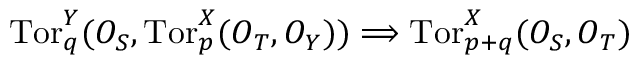
\mathrm { T o r } _ { q } ^ { Y } ( { \cal O } _ { S } , \mathrm { T o r } _ { p } ^ { X } ( { \cal O } _ { T } , { \cal O } _ { Y } ) ) \Longrightarrow \mathrm { T o r } _ { p + q } ^ { X } ( { \cal O } _ { S } , { \cal O } _ { T } )